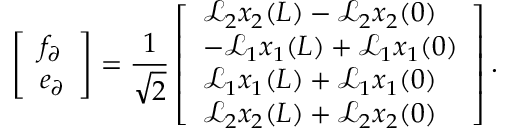
\left[ \begin{array} { l } { f _ { \partial } } \\ { e _ { \partial } } \end{array} \right] = \frac { 1 } { \sqrt { 2 } } \left[ \begin{array} { l } { \mathcal { L } _ { 2 } x _ { 2 } ( L ) - \mathcal { L } _ { 2 } x _ { 2 } ( 0 ) } \\ { - \mathcal { L } _ { 1 } x _ { 1 } ( L ) + \mathcal { L } _ { 1 } x _ { 1 } ( 0 ) } \\ { \mathcal { L } _ { 1 } x _ { 1 } ( L ) + \mathcal { L } _ { 1 } x _ { 1 } ( 0 ) } \\ { \mathcal { L } _ { 2 } x _ { 2 } ( L ) + \mathcal { L } _ { 2 } x _ { 2 } ( 0 ) } \end{array} \right] .